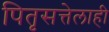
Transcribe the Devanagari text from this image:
पितृसत्तेलाही